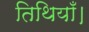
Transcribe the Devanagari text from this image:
तिथियाँ।